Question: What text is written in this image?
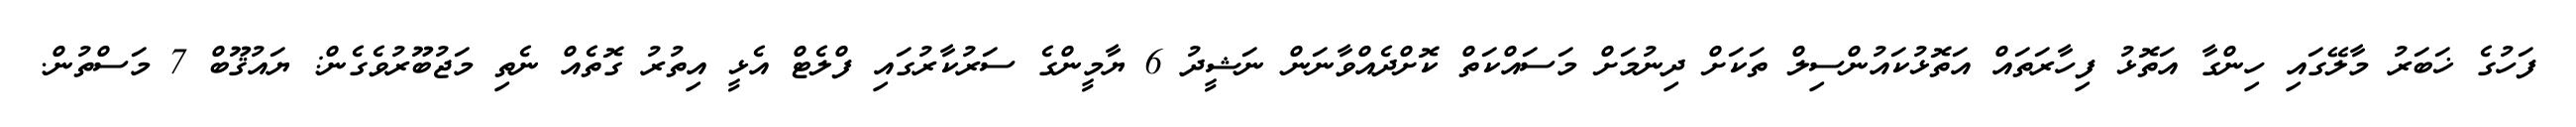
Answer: ފަހުގެ ޚަބަރު މާލޭގައި ހިންގާ އަތޮޅު ފިހާރަތައް އަތޮޅުކައުންސިލް ތަކަށް ދިނުމަށް މަސައްކަތް ކޮށްދެއްވާނަން ނަޝީދު 6 ޔާމީންގެ ސަރުކާރުގައި ފްލެޓް އެޅީ އިތުރު ގޮތެއް ނެތި މަޖުބޫރުވެގެން: ޔައުޤޫބް 7 މަސްތުން.